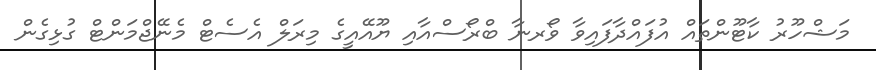
މަޝްހޫރު ކާޓޫންތައް އުފައްދާފައިވާ ވޯރނާ ބްރޯސްއާއި ޔޫއޭއީގެ މިރަލް އެސެޓް މެނޭޖްމަންޓް ގުޅިގެން